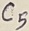
Text: C5